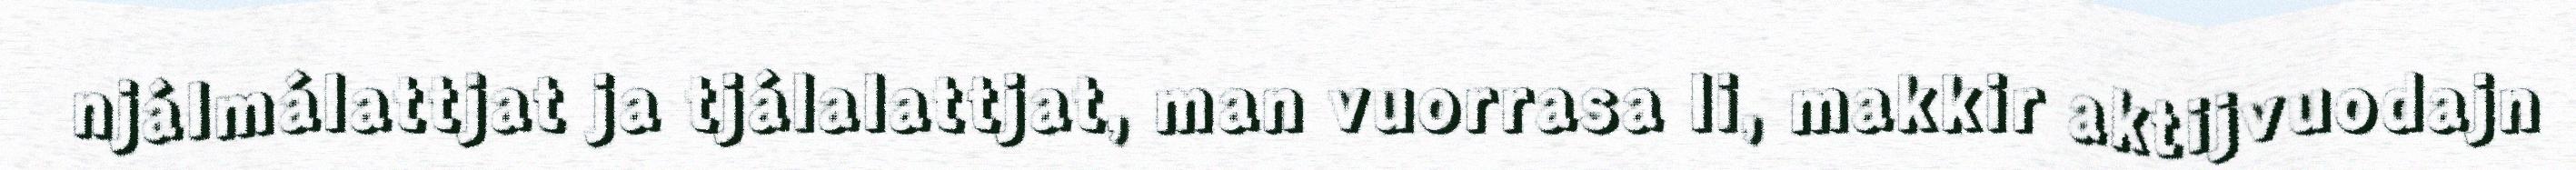
njálmálattjat ja tjálalattjat, man vuorrasa li, makkir aktijvuodajn